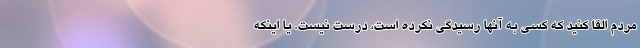
مردم القا کنید که کسی به آنها رسیدگی نکرده است، درست نیست. یا اینکه